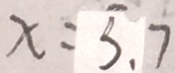
x = 5 . 7